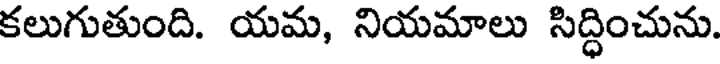
కలుగుతుంది. యమ, నియమాలు సిద్ధించును.